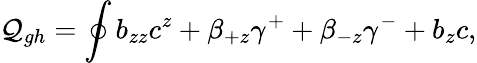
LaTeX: {\cal Q}_{gh}=\oint b_{zz}c^{z}+\beta_{+z}\gamma^{+}+\beta_{-z}\gamma^{-}+b_{z}c,